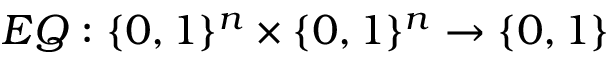
E Q : \{ 0 , 1 \} ^ { n } \times \{ 0 , 1 \} ^ { n } \rightarrow \{ 0 , 1 \}